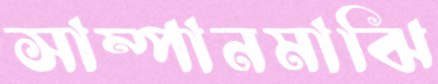
সাম্পানমাঝি